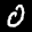
Label: 0